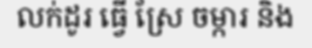
លក់ដូរ ធ្វើ ស្រែ ចម្ការ និង